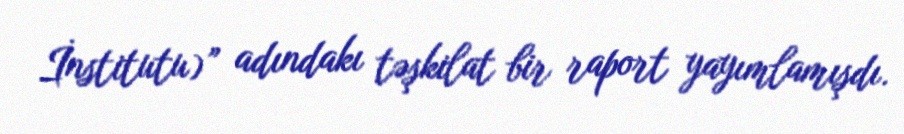
İnstitutu)” adındakı təşkilat bir raport yayımlamışdı.